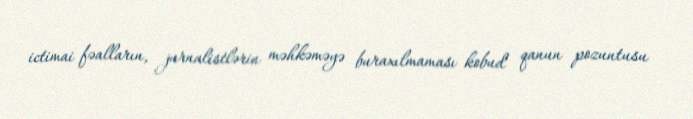
ictimai fəalların, jurnalistlərin məhkəməyə buraxılmaması kobud qanun pozuntusu